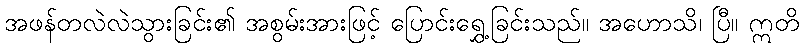
အဖန်တလဲလဲသွားခြင်း၏ အစွမ်းအားဖြင့် ပြောင်းရွှေ့ခြင်းသည်။ အဟောသိ၊ ပြီ။ ဣတိ